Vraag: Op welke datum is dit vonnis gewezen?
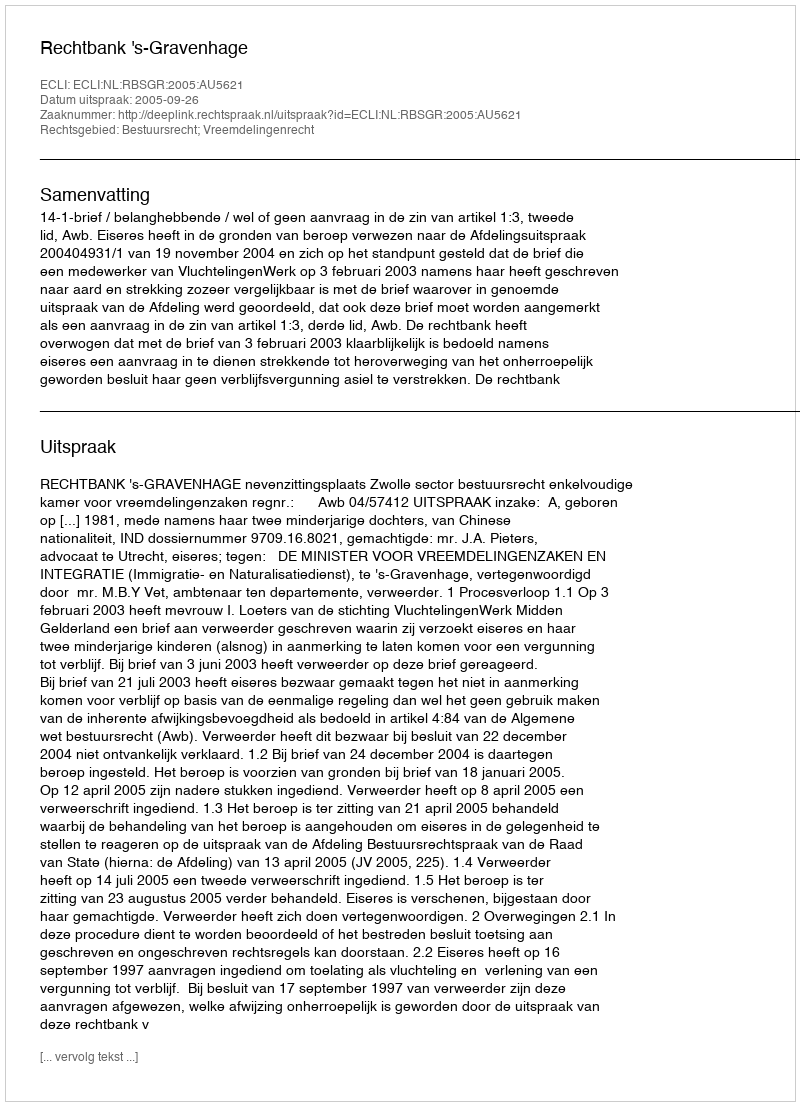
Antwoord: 2005-09-26